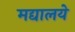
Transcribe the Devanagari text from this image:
मद्यालये